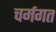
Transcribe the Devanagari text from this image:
चर्मगत